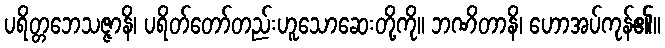
ပရိတ္တဘေသဇ္ဇာနိ၊ ပရိတ်တော်တည်းဟူသောဆေးတို့ကို။ ဘဏိတာနိ၊ ဟောအပ်ကုန်၏။